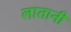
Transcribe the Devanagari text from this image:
लातानी